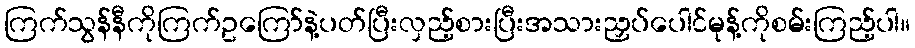
ကြက်သွန်နီကိုကြက်ဥကြော်နဲ့ပတ်ပြီးလှည့်စားပြီးအသားညှပ်ပေါင်မုန့်ကိုစမ်းကြည့်ပါ။